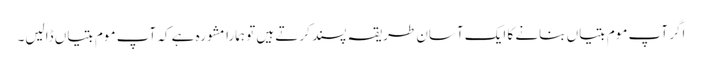
اگر آپ موم بتیاں بنانے کا ایک آسان طریقہ پسند کرتے ہیں تو ہمارا مشورہ ہے کہ آپ موم بتیاں ڈالیں۔